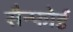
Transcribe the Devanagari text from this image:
सैन्फोर्ड